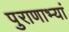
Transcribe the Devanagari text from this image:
पुराणाभ्यां